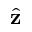
\hat { \mathbf z }